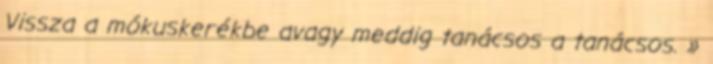
Vissza a mókuskerékbe avagy meddig tanácsos a tanácsos. »